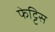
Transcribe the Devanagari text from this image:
फेट्टिस